Report on lock hospitals in British Burma
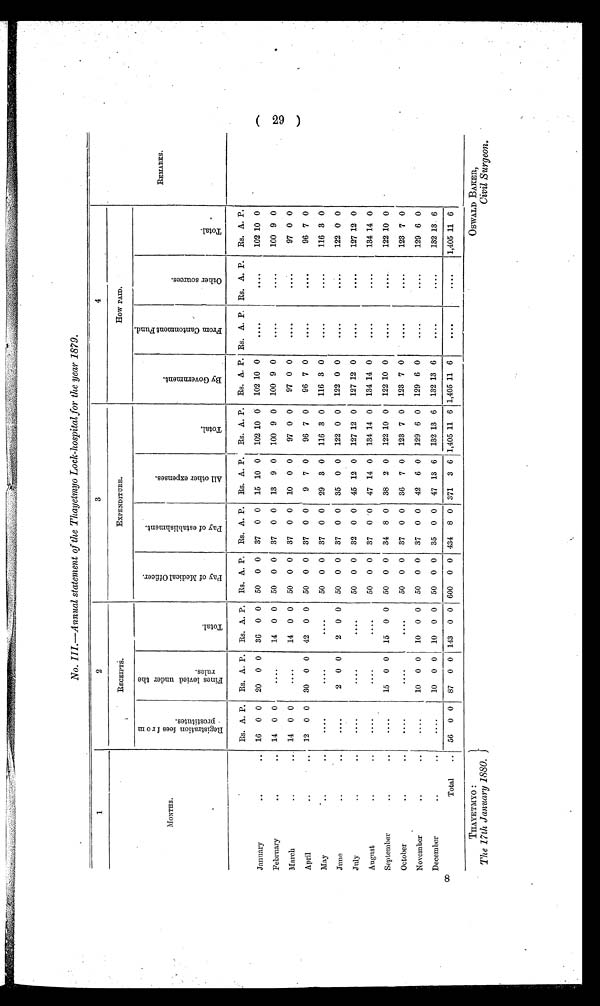
THAYETMYO :
The 17th January 1880.
OSWALD BAKER,
Civil Surgeon.
No. III.—Annual statement of the Thayetmyo Lock-hospital for the year 1879.
1
2
3
4
REMARKS.
MONTHS .
RECEIPTS.
EXPENDITURE.
How PAID.
R e g i s t r a t i o n f e e s f r o m
p r o s t i t u t e s .
F i n e s l e v i e d u n d e r t h e
r u l e s .
T o t a l .
P a y o f M e d i c a l O f f i c e r .
P a y o f e s t a b l i s h m e n t .
A l l o t h e r e x p e n s e s .
T o t a l .
B y G o v e r n m e n t .
F r o m C a n t o n m e n t F u n d .
O t h e r s o u r c e s .
T o t a l .
Rs. A. P. Rs. A. P. Rs. A. P. Rs. A. P. Rs. A. P. Rs. A. P. Rs. A. P. Rs. A. P. Rs. A. P. Rs. A. P.
Rs. A. P.
January
..
. . 16 0 0
20
0 0 36 0 0 50 0 0
37
0 0 15 10 0
102 10 0
102 10 0
....
....
102 10 0
February
..
.. 14 0 0
....
14 0 0 50 0 0 37 0 0
13
9 0
100 9 0
100 9 0
....
100 9 0
March
..
.. 14 0 0
. . . . 14 0 0 50 0 0
37
0 0
10 0 0
97 0 0
97 0 0
....
....
97 0 0
April
..
..
12
0 0
30
0 0 42 0 0 50 0 0 37 0 0
9
7 0
96 7 0
96 7 0
. . . .
. . . .
96 7 0
May
. .
...
....
....
....
50
0 0 37 0 0 29 3 0
116 3 0
116 3 0
....
....
116 3 0
June
..
..
. . . .
2
0 0
2
0 0 50 0 0 37 0 0 35 0 0
122 0 0
122 0 0
....
....
122 0 0
July
..
..
....
....
....
50 0 0
32
0 0 45 12 0
127 12 0
127 12 0
....
....
127 12 0
August
..
..
....
....
....
50
0 0 37 0 0 47 14 0 134 14 0
134 14 0
....
....
134 14 0
September
..
..
....
15 0 0
15 0 0 50 0 0 34 8 0 38 2 0
122 10 0
122 10 0
. . . .
....
122 10 0
October
..
..
. . . .
. . . .
....
50
0 0
37
0 0 36 7 0
123 7 0 123 7 0
. . . .
. . . .
123 7 0
November
..
..
....
10 0 0
10 0 0
50 0 0 37 0 0
42
6 0 129 6 0
129 6 0
. . . .
. . . .
129 6 0
December
..
..
. . . . 10 0 0
10 0 0 50 0 0 35 0 0 47 13 6
132 13 6
132 13 6
....
....
132 13 6
Total
.. 56 0 0 87 0 0 143 0 0 600 0 0 434 8 0 371 3 6 1,405 11 6 1,405 11 6
....
....
1,405 11 6
( 29 )